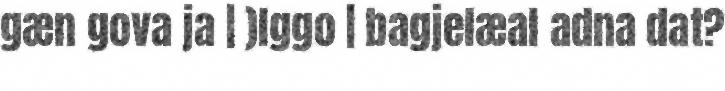
gæn gova ja | )lggo | bagjelæal adna dat?